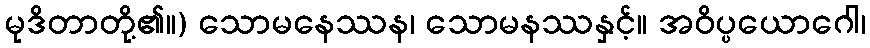
မုဒိတာတို့၏။) သောမနေဿန၊ သောမနဿနှင့်။ အဝိပ္ပယောဂေါ၊